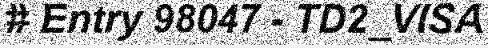
# Entry 98047 - TD2_VISA